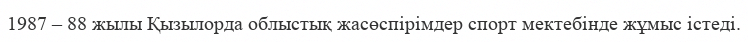
1987 – 88 жылы Қызылорда облыстық жасөспірімдер спорт мектебінде жұмыс істеді.